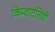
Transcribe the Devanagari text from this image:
किम्वादंतियों